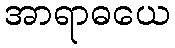
အာရာဓယေ